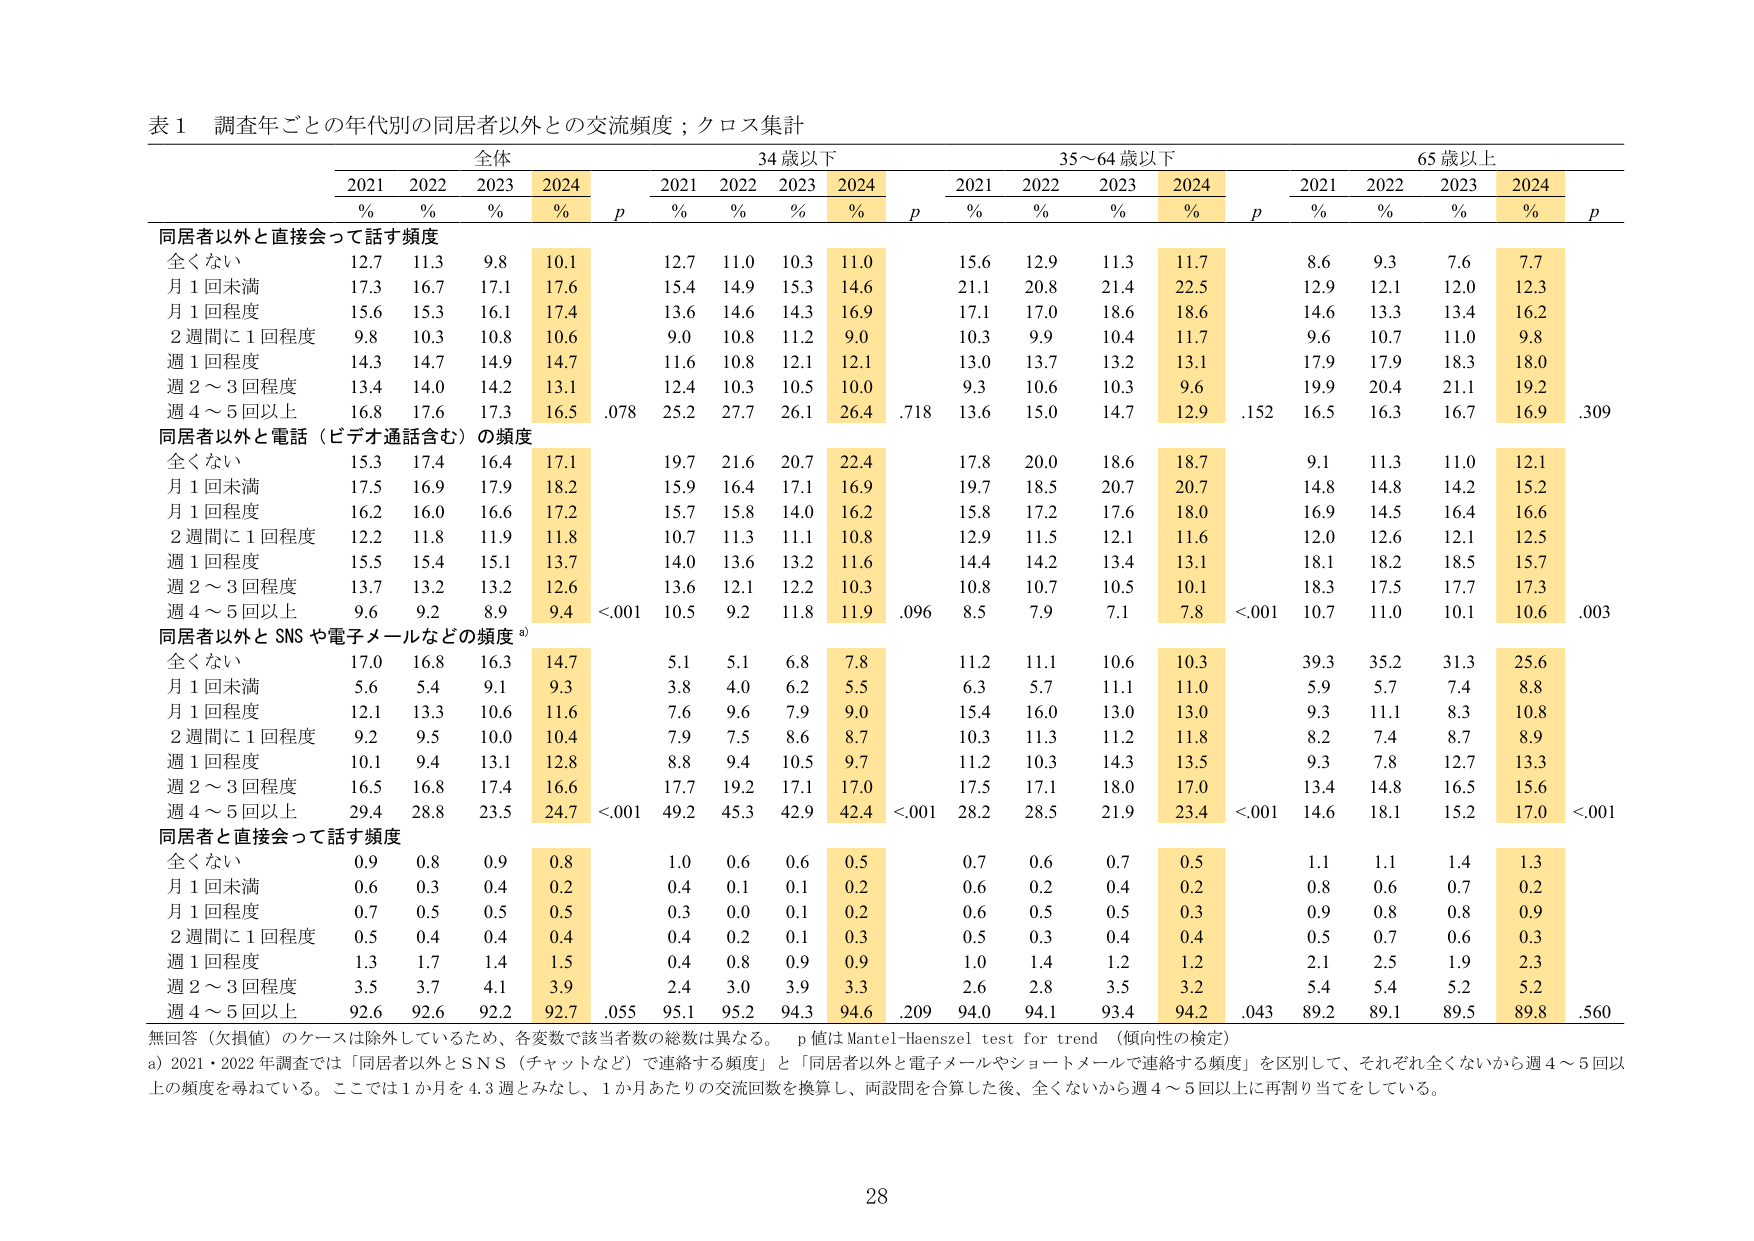
表１ 調査年ごとの年代別の同居者以外との交流頻度；クロス集計

全体 34歳以下 35～64歳以下 65歳以上
2021 2022 2023 2024 2021 2022 2023 2024 2021 2022 2023 2024 2021 2022 2023 2024
% % % % p % % % % p % % % % p % % % % p

同居者以外と直接会って話す頻度
全くない 12.7 11.3 9.8 10.1 12.7 11.0 10.3 11.0 15.6 12.9 11.3 11.7 8.6 9.3 7.6 7.7
月1回未満 17.3 16.7 17.1 17.6 15.4 14.9 15.3 14.6 21.1 20.8 21.4 22.5 12.9 12.1 12.0 12.3
月1回程度 15.6 15.3 16.1 17.4 13.6 14.6 14.3 16.9 17.1 17.0 18.6 18.6 14.6 13.3 13.4 16.2
2週間に1回程度 9.8 10.3 10.8 10.6 9.0 10.8 11.2 9.0 10.3 9.9 10.4 11.7 9.6 10.7 11.0 9.8
週1回程度 14.3 14.7 14.9 14.7 11.6 10.8 12.1 12.1 13.0 13.7 13.2 13.1 17.9 17.9 18.3 18.0
週2～3回程度 13.4 14.0 14.2 13.1 12.4 10.3 10.5 10.0 9.3 10.6 10.3 9.6 19.9 20.4 21.1 19.2
週4～5回以上 16.8 17.6 17.3 16.5.078 25.2 27.7 26.1 26.4.718 13.6 15.0 14.7 12.9.152 16.5 16.3 16.7 16.9.309

同居者以外と電話（ビデオ通話含む）の頻度
全くない 15.3 17.4 16.4 17.1 19.7 21.6 20.7 22.4 17.8 20.0 18.6 18.7 9.1 11.3 11.0 12.1
月1回未満 17.5 16.9 17.9 18.2 15.9 16.4 17.1 16.9 19.7 18.5 20.7 20.7 14.8 14.8 14.2 15.2
月1回程度 16.2 16.0 16.6 17.2 15.7 15.8 14.0 16.2 15.8 17.2 17.6 18.0 16.9 14.5 16.4 16.6
2週間に1回程度 12.2 11.8 11.9 11.8 10.7 11.3 11.1 10.8 12.9 11.5 12.1 11.6 12.0 12.6 12.1 12.5
週1回程度 15.5 15.4 15.1 13.7 14.0 13.6 13.2 11.6 14.4 14.2 13.4 13.1 18.1 18.2 18.5 15.7
週2～3回程度 13.7 13.2 13.2 12.6 13.6 12.1 12.2 10.3 10.8 10.7 10.5 10.1 18.3 17.5 17.7 17.3
週4～5回以上 9.6 9.2 8.9 9.4 <.001 10.5 9.2 11.8 11.9.096 8.5 7.9 7.1 7.8 <.001 10.7 11.0 10.1 10.6.003

同居者以外とSNSや電子メールなどの頻度 a)
全くない 17.0 16.8 16.3 14.7 5.1 5.1 6.8 7.8 11.2 11.1 10.6 10.3 39.3 35.2 31.3 25.6
月1回未満 5.6 5.4 9.1 9.3 3.8 4.0 6.2 5.5 6.3 5.7 11.1 11.0 5.9 5.7 7.4 8.8
月1回程度 12.1 13.3 10.6 11.6 7.6 9.6 7.9 9.0 15.4 16.0 13.0 13.0 9.3 11.1 8.3 10.8
2週間に1回程度 9.2 9.5 10.0 10.4 7.9 7.5 8.6 8.7 10.3 11.3 11.2 11.8 8.2 7.4 8.7 8.9
週1回程度 10.1 9.4 13.1 12.8 8.8 9.4 10.5 9.7 11.2 10.3 14.3 13.5 9.3 7.8 12.7 13.3
週2～3回程度 16.5 16.8 17.4 16.6 17.7 19.2 17.1 17.0 17.5 17.1 18.0 17.0 13.4 14.8 16.5 15.6
週4～5回以上 29.4 28.8 23.5 24.7 <.001 49.2 45.3 42.9 42.4 <.001 28.2 28.5 21.9 23.4 <.001 14.6 18.1 15.2 17.0 <.001

同居者と直接会って話す頻度
全くない 0.9 0.8 0.9 0.8 1.0 0.6 0.6 0.5 0.7 0.6 0.7 0.5 1.1 1.1 1.4 1.3
月1回未満 0.6 0.3 0.4 0.2 0.4 0.1 0.1 0.2 0.6 0.2 0.4 0.2 0.8 0.6 0.7 0.2
月1回程度 0.7 0.5 0.5 0.5 0.3 0.0 0.1 0.2 0.6 0.5 0.5 0.3 0.9 0.8 0.8 0.9
2週間に1回程度 0.5 0.4 0.4 0.4 0.4 0.2 0.1 0.3 0.5 0.3 0.4 0.4 0.5 0.7 0.6 0.3
週1回程度 1.3 1.7 1.4 1.5 0.4 0.8 0.9 0.9 1.0 1.4 1.2 1.2 2.1 2.5 1.9 2.3
週2～3回程度 3.5 3.7 4.1 3.9 2.4 3.0 3.9 3.3 2.6 2.8 3.5 3.2 5.4 5.4 5.2 5.2
週4～5回以上 92.6 92.6 92.2 92.7.055 95.1 95.2 94.3 94.6.209 94.0 94.1 93.4 94.2.043 89.2 89.1 89.5 89.8.560

無回答（欠損値）のケースは除外しているため、各変数で該当者数の総数は異なる。 p値はMantel-Haenszel test for trend（傾向性の検定）
a) 2021・2022年調査では「同居者以外とSNS（チャットなど）で連絡する頻度」と「同居者以外と電子メールやショートメールで連絡する頻度」を区別して、それぞれ全くないから週4～5回以上の頻度を尋ねている。ここでは1か月を4.3週とみなし、1か月あたりの交流回数を換算し、両設問を合算した後、全くないから週4～5回以上に再割り当てをしている。

28